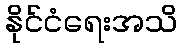
နိုင်ငံရေးအသိ